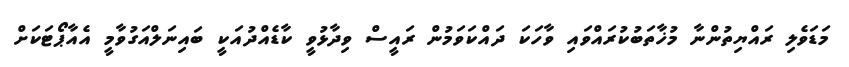
މަޑަވެލި ރައްޔިތުންނާ މުޚާތަބުކުރައްވައި ވާހަކަ ދައްކަވަމުން ރައީސް ވިދާޅުވީ ކާޑެއްދުއަކީ ބައިނަލްއަގުވާމީ އެއާޕޯޓަކަށް